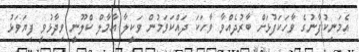
އެމަނިކުފާނުގެ ވާހަކަފުޅަށް ބާރުދެއްވާ ވާހަކަ ދައްކަވަމުން ވަކީލާ އާމާލް ކްލޫނީ ވިދާޅުވީ ފިޔަވަޅު